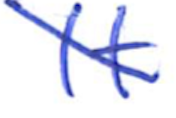
Text: It
Cross-out: diagonal
Writing tool: ballpoint